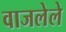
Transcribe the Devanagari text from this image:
वाजलेले